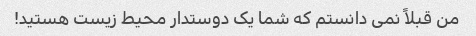
من قبلاً نمی دانستم که شما یک دوستدار محیط زیست هستید!